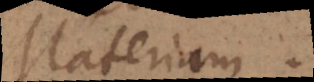
Materiam.